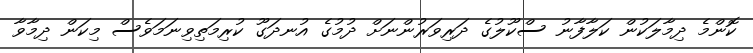
ކޮންމެ ދިމާލަކުން ކަލާފާނު ސްކޫލުގެ ދަރިވަރުންނަށް ދުމުގެ އުނދަގޫ ކުރިމަތިވިނަމަވެސް މިކަން ދިމާވާ